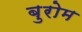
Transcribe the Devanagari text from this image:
बुरोम